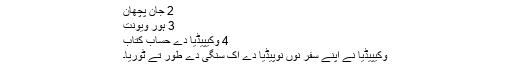
2 جان پچھان
3 ہور ویونت
4 وکیپیڈیا دے حساب کتاب
وکیپیڈیا نے اپنے سفر نوں نوپیڈیا دے اک سنگی دے طور تے ٹوریا۔